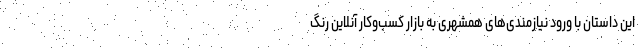
این داستان با ورود نیازمندی‌های همشهری به بازار کسب‌وکار آنلاین رنگ